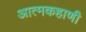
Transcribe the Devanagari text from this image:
आत्मकहाणी